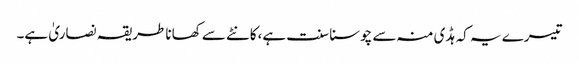
تیسرے یہ کہ ہڈی منہ سے چوسنا سنت ہے،کانٹے سے کھانا طریقہ نصاریٰ ہے۔